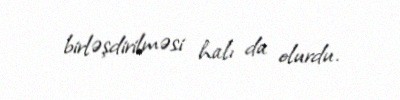
birləşdirilməsi halı da olurdu.